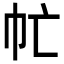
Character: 𢁣